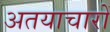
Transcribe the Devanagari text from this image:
अतयाचारों